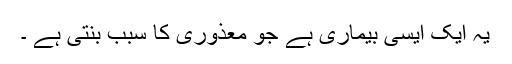
یہ ایک ایسی بیماری ہے جو معذوری کا سبب بنتی ہے ۔